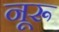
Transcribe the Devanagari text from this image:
नूरू